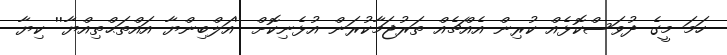
ހަމަ މީގެ ދުވަސްކޮޅެއް ކުރިން އެއްޗެއް ތަރުޖަމާކުރަން އުޅެނިކޮށް ''އަލްބިންޔާ އައްތަޙްތިއްޔާ'' ކިޔާ